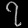
Digit: ၇